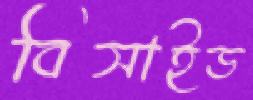
বিসাইড